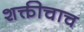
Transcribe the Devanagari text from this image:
शक्तीचाच